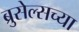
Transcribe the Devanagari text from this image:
ब्रुसेल्सच्या